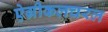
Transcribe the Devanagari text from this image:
ऐग्रीकलचरल